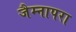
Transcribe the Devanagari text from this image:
जैम्नापरा